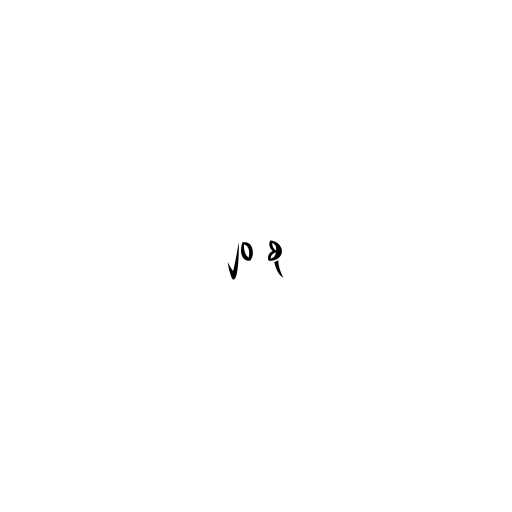
၂၀ စု